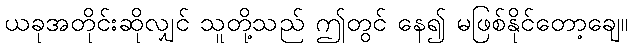
ယခုအတိုင်းဆိုလျှင် သူတို့သည် ဤတွင် နေ၍ မဖြစ်နိုင်တော့ချေ။